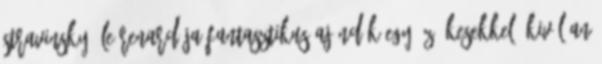
Stravinsky: Le renard-ja fantasztikus ajándék Egy íz- kesekkel, kiválóan